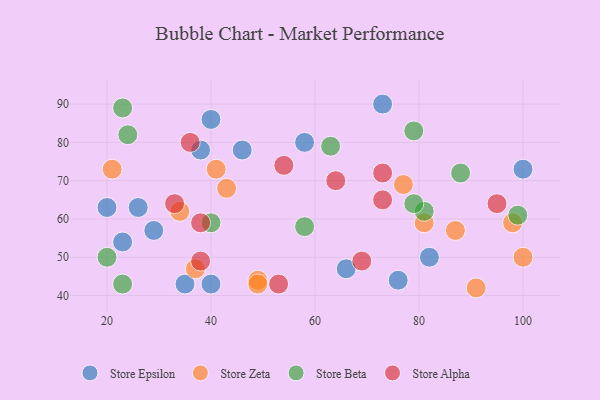
{"axis": {"x": "GDP", "y": "Life Expectancy"}, "legend": ["Store Alpha", "Store Beta", "Store Epsilon", "Store Zeta"], "data": [{"x": "100", "y": 73, "type": "Store Epsilon"}, {"x": "82", "y": 50, "type": "Store Epsilon"}, {"x": "29", "y": 57, "type": "Store Epsilon"}, {"x": "66", "y": 47, "type": "Store Epsilon"}, {"x": "23", "y": 54, "type": "Store Epsilon"}, {"x": "40", "y": 86, "type": "Store Epsilon"}, {"x": "38", "y": 78, "type": "Store Epsilon"}, {"x": "20", "y": 63, "type": "Store Epsilon"}, {"x": "26", "y": 63, "type": "Store Epsilon"}, {"x": "35", "y": 43, "type": "Store Epsilon"}, {"x": "40", "y": 43, "type": "Store Epsilon"}, {"x": "73", "y": 90, "type": "Store Epsilon"}, {"x": "76", "y": 44, "type": "Store Epsilon"}, {"x": "58", "y": 80, "type": "Store Epsilon"}, {"x": "46", "y": 78, "type": "Store Epsilon"}, {"x": "41", "y": 73, "type": "Store Zeta"}, {"x": "100", "y": 50, "type": "Store Zeta"}, {"x": "77", "y": 69, "type": "Store Zeta"}, {"x": "34", "y": 62, "type": "Store Zeta"}, {"x": "21", "y": 73, "type": "Store Zeta"}, {"x": "37", "y": 47, "type": "Store Zeta"}, {"x": "43", "y": 68, "type": "Store Zeta"}, {"x": "98", "y": 59, "type": "Store Zeta"}, {"x": "49", "y": 44, "type": "Store Zeta"}, {"x": "49", "y": 43, "type": "Store Zeta"}, {"x": "91", "y": 42, "type": "Store Zeta"}, {"x": "81", "y": 59, "type": "Store Zeta"}, {"x": "87", "y": 57, "type": "Store Zeta"}, {"x": "81", "y": 62, "type": "Store Beta"}, {"x": "40", "y": 59, "type": "Store Beta"}, {"x": "88", "y": 72, "type": "Store Beta"}, {"x": "79", "y": 64, "type": "Store Beta"}, {"x": "58", "y": 58, "type": "Store Beta"}, {"x": "99", "y": 61, "type": "Store Beta"}, {"x": "63", "y": 79, "type": "Store Beta"}, {"x": "20", "y": 50, "type": "Store Beta"}, {"x": "23", "y": 43, "type": "Store Beta"}, {"x": "23", "y": 89, "type": "Store Beta"}, {"x": "79", "y": 83, "type": "Store Beta"}, {"x": "24", "y": 82, "type": "Store Beta"}, {"x": "73", "y": 65, "type": "Store Alpha"}, {"x": "69", "y": 49, "type": "Store Alpha"}, {"x": "33", "y": 64, "type": "Store Alpha"}, {"x": "36", "y": 80, "type": "Store Alpha"}, {"x": "54", "y": 74, "type": "Store Alpha"}, {"x": "64", "y": 70, "type": "Store Alpha"}, {"x": "73", "y": 72, "type": "Store Alpha"}, {"x": "53", "y": 43, "type": "Store Alpha"}, {"x": "95", "y": 64, "type": "Store Alpha"}, {"x": "38", "y": 59, "type": "Store Alpha"}, {"x": "38", "y": 49, "type": "Store Alpha"}]}